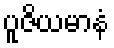
ပူဇိယမာနံ